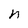
Character: n